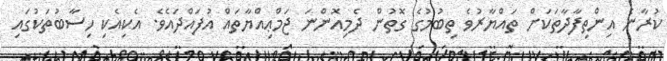
ކުރާނެ އިންތިފާދާތަކަށް ތައްޔާރުވެ ތިބުމުގެ ގޮތުން ދެމިއޮންނަ ޖަމްޢިއްޔާތައް އުފައްދައެވެ. އެކިއެކި ހިސާބުތަކުގައި